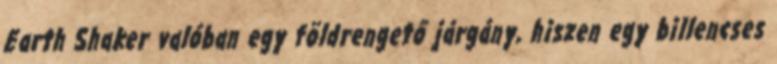
Earth Shaker valóban egy földrengető járgány, hiszen egy billencses